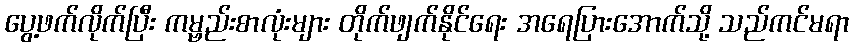
ပွေ့ဖက်လိုက်ပြီး ကမ္ဗည်းစာလုံးများ တိုက်ဖျက်နိုင်ရေး အရေပြားအောက်သို့ သည်ကင်မရာ